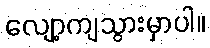
လျော့ကျသွားမှာပါ။